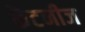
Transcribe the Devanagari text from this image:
केंटनीज